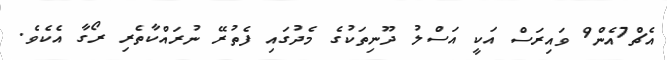
އެޗް7އެން9 ވައިރަސް އަކީ އަސްލު ދޫނިތަކުގެ މެދުގައި ފެތުރޭ ނުރައްކާތެރި ރޯގާ އެކެވެ.